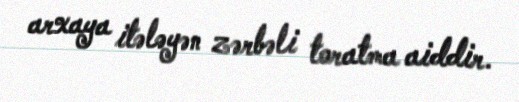
arxaya itələyən zərbəli toratma aiddir.